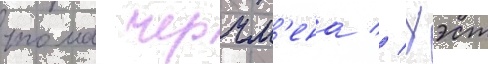
тома черчм'ена // Уэст